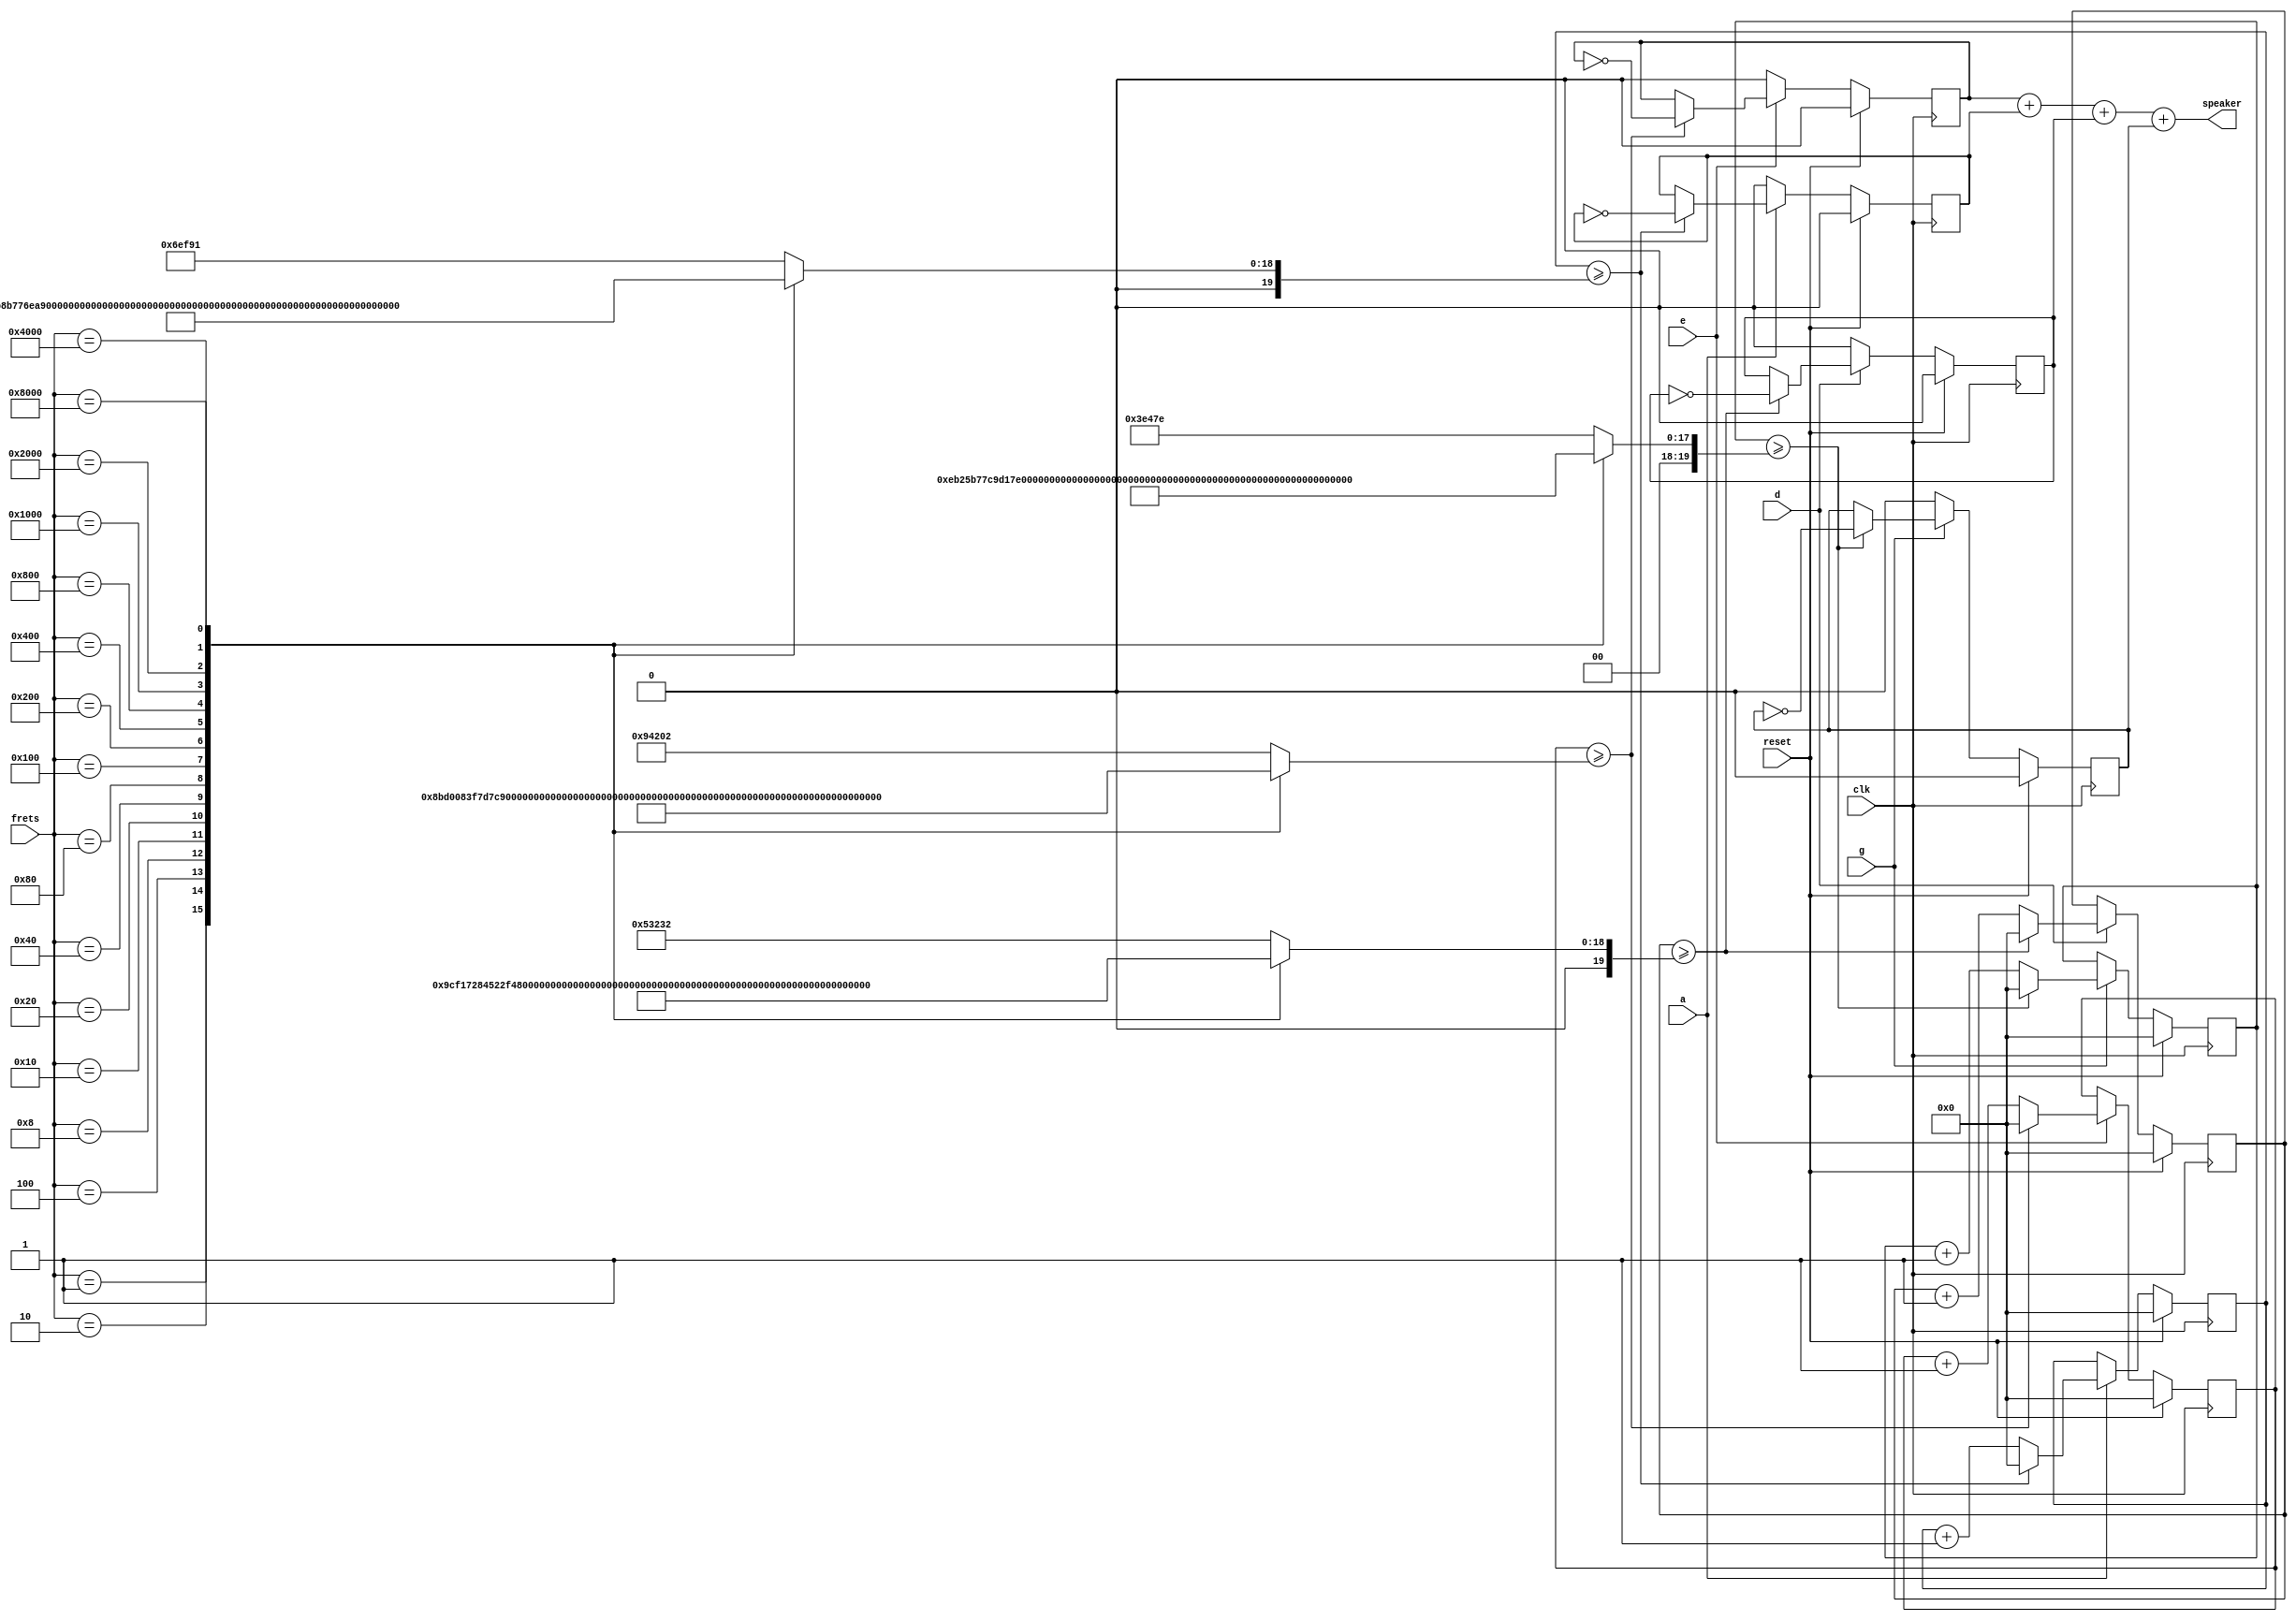
`timescale 1ns / 1ps
//////////////////////////////////////////////////////////////////////////////////
// Company: 
// Engineer: 
// 
// Design Name: 
// Module Name: tuner
// Project Name: 
// Target Devices: 
// Tool Versions: 
// Description: 
// 
// Dependencies: 
// 
// Revision:
// Revision 0.01 - File Created
// Additional Comments:
// 
//////////////////////////////////////////////////////////////////////////////////


module tuner(
    input clk, reset,
    input[15:0] frets,
    input e, a, d, g,
    output wire speaker);
    
    reg [19:0] clkCntE, clkCntA, clkCntD, clkCntG;

    //String E
    always @ (frets) begin
        case(frets)    //Switches the user has flipped
            16'b0000000000000000 : clkCntE = 20'd606722; //E2
            16'b0000000000000001 : clkCntE = 20'd572672; //F2
            16'b0000000000000010 : clkCntE = 20'd540541; //F#2/Gb2
            16'b0000000000000100 : clkCntE = 20'd510204; //G2
            16'b0000000000001000 : clkCntE = 20'd481556; //G#2/Ab2
            16'b0000000000010000 : clkCntE = 20'd454545; //A2
            16'b0000000000100000 : clkCntE = 20'd429037; //A#2/Bb2
            16'b0000000001000000 : clkCntE = 20'd404957; //B2
            16'b0000000010000000 : clkCntE = 20'd382234; //C3
            16'b0000000100000000 : clkCntE = 20'd360776; //C#3/Db3
            16'b0000001000000000 : clkCntE = 20'd340530; //D3
            16'b0000010000000000 : clkCntE = 20'd321419; //D#3/Eb3
            16'b0000100000000000 : clkCntE = 20'd303380; //E3
            16'b0001000000000000 : clkCntE = 20'd286352; //F3
            16'b0010000000000000 : clkCntE = 20'd270270; //F#3/Gb3
            16'b0100000000000000 : clkCntE = 20'd255102; //G3
            16'b1000000000000000 : clkCntE = 20'd240790; //G#3/Ab3
            default: clkCntE = 20'd606722; //open
        endcase
    end
    
    //String A
    always @ (frets) begin
        case(frets)   //Switch flipped
            16'b0000000000000000 : clkCntA = 20'd454545; //A2
            16'b0000000000000001 : clkCntA = 20'd429037; //A#2/Bb2
            16'b0000000000000010 : clkCntA = 20'd404957; //B2
            16'b0000000000000100 : clkCntA = 20'd382234; //C3
            16'b0000000000001000 : clkCntA = 20'd360776; //C#3/Db3
            16'b0000000000010000 : clkCntA = 20'd340530; //D3
            16'b0000000000100000 : clkCntA = 20'd321419; //D#3/Eb3
            16'b0000000001000000 : clkCntA = 20'd303380; //E3
            16'b0000000010000000 : clkCntA = 20'd286352; //F3
            16'b0000000100000000 : clkCntA = 20'd270270; //F#3/Gb3
            16'b0000001000000000 : clkCntA = 20'd255102; //G3
            16'b0000010000000000 : clkCntA = 20'd240790; //G#3/Ab3
            16'b0000100000000000 : clkCntA = 20'd227273; //A3
            16'b0001000000000000 : clkCntA = 20'd214519; //A#3/Bb3
            16'b0010000000000000 : clkCntA = 20'd202478; //B3
            16'b0100000000000000 : clkCntA = 20'd191110; //C4
            16'b1000000000000000 : clkCntA = 20'd180388; //C#4/Db4
            default: clkCntA = 20'd454545; //open
        endcase
    end
    
    //String D
    always @ (frets) begin
        case(frets)   //Switch the user flipped
            16'b0000000000000000 : clkCntD = 20'd340530; //D3
            16'b0000000000000001 : clkCntD = 20'd321419; //D#3/Eb3
            16'b0000000000000010 : clkCntD = 20'd303380; //E3
            16'b0000000000000100 : clkCntD = 20'd286352; //F3
            16'b0000000000001000 : clkCntD = 20'd270270; //F#3/Gb3
            16'b0000000000010000 : clkCntD = 20'd255102; //G3
            16'b0000000000100000 : clkCntD = 20'd240790; //G#3/Ab3
            16'b0000000001000000 : clkCntD = 20'd227273; //A3
            16'b0000000010000000 : clkCntD = 20'd214519; //A#3/Bb3
            16'b0000000100000000 : clkCntD = 20'd202478; //B3
            16'b0000001000000000 : clkCntD = 20'd191110; //C4
            16'b0000010000000000 : clkCntD = 20'd180388; //C#4/Db4
            16'b0000100000000000 : clkCntD = 20'd170265; //D4
            16'b0001000000000000 : clkCntD = 20'd160705; //D#4/Eb4
            16'b0010000000000000 : clkCntD = 20'd151685; //E4
            16'b0100000000000000 : clkCntD = 20'd143172; //F4
            16'b1000000000000000 : clkCntD = 20'd135139; //F#4/Gb4
	        default: clkCntD = 20'd340530; //open
        endcase
    end
    
    //String G
    always @ (frets) begin
        case(frets)   //Switch flipped
            16'b0000000000000000 : clkCntG = 20'd255102; //G3
            16'b0000000000000001 : clkCntG = 20'd240790; //G#3/Ab3
            16'b0000000000000010 : clkCntG = 20'd227273; //A3
            16'b0000000000000100 : clkCntG = 20'd214519; //A#3/Bb3
            16'b0000000000001000 : clkCntG = 20'd202478; //B3
            16'b0000000000010000 : clkCntG = 20'd191110; //C4
            16'b0000000000100000 : clkCntG = 20'd180388; //C#4/Db4
            16'b0000000001000000 : clkCntG = 20'd170265; //D4
            16'b0000000010000000 : clkCntG = 20'd160705; //D#4/Eb4
            16'b0000000100000000 : clkCntG = 20'd151685; //E4
            16'b0000001000000000 : clkCntG = 20'd143172; //F4
            16'b0000010000000000 : clkCntG = 20'd135139; //F#4/Gb4
            16'b0000100000000000 : clkCntG = 20'd127551; //G4
            16'b0001000000000000 : clkCntG = 20'd120395; //G#4/Ab4
            16'b0010000000000000 : clkCntG = 20'd113636; //A4
            16'b0100000000000000 : clkCntG = 20'd107259; //A#4/Bb4
            16'b1000000000000000 : clkCntG = 20'd101239; //B4
            default: clkCntG = 20'd255102; //open
        endcase
    end
    
    // Create appropriate frequencies
    reg speakerE, speakerA, speakerD, speakerG;
    reg [19:0] counterE, counterA, counterD, counterG;
    
    // Tone generation for E string
    always @ (posedge clk) begin
        if (reset == 1'b1) begin
            speakerE = 0;
            counterE = 0;
        end else begin
            if (e == 1) begin
                if (counterE >= clkCntE) begin
                    speakerE <= ~speakerE;
                    counterE <= 0;
                end else begin
                    counterE <= counterE + 1;
                end
            end else begin
                speakerE = 0;
            end
        end
    end
    
    // Tone generation for A string
    always @ (posedge clk) begin
        if (reset == 1'b1) begin
            speakerA = 0;
            counterA = 0;
        end else begin
            if (a == 1) begin
                if (counterA >= clkCntA) begin
                    speakerA <= ~speakerA;
                    counterA <= 0;
                end else begin
                    counterA <= counterA + 1;
                end
            end else begin
                speakerA = 0;
            end
        end
    end
    
    // Tone generation for D string
    always @ (posedge clk) begin
        if (reset == 1'b1) begin
            speakerD = 0;
            counterD = 0;
        end else begin
            if (d == 1) begin
                if (counterD >= clkCntD) begin
                    speakerD <= ~speakerD;
                    counterD <= 0;
                end else begin
                    counterD <= counterD + 1;
                end
            end else begin
                speakerD = 0;
            end
        end
    end
    
    // Tone generation for G string
    always @ (posedge clk) begin
        if (reset == 1'b1) begin
            speakerG = 0;
            counterG = 0;
        end else begin
            if (g == 1) begin
                if (counterG >= clkCntG) begin
                    speakerG <= ~speakerG;
                    counterG <= 0;
                end else begin
                    counterG <= counterG + 1;
                end
            end else begin
                speakerG = 0;
            end
        end
    end
    
    // add together signals from all strings
    assign speaker = speakerE + speakerA + speakerD + speakerG;
                
endmodule